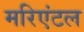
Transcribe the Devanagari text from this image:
मरिएंटल